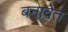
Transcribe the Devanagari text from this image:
बनावेत